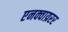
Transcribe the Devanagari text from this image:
एनक्वाय्ररर